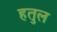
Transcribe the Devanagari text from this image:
हतुल